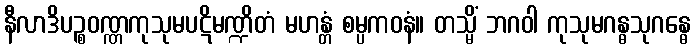
နီလာဒိပဉ္စဝဏ္ဏကုသုမပဋိမဏ္ဍိတံ မဟန္တံ စမ္ပကဝနံ။ တသ္မိံ ဘဂဝါ ကုသုမဂန္ဓသုဂန္ဓေ